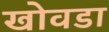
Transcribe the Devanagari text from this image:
खोवडा